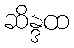
ဆိန္ဒထ